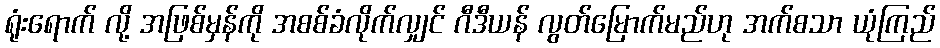
ရုံးရောက် လို့ အဖြစ်မှန်ကို အစစ်ခံလိုက်လျှင် ဂီဒီယန် လွတ်မြောက်မည်ဟု အက်စသာ ယုံကြည်